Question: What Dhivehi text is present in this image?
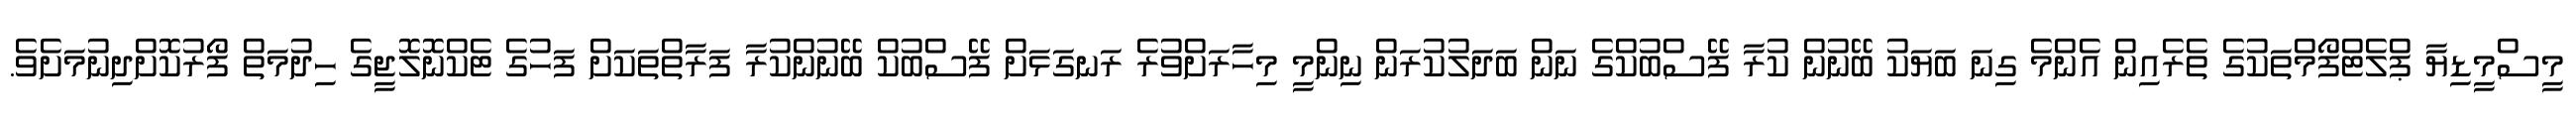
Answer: މީސްމީޑިޔާ ޕްލެޓްފޯމްތަކުގެ ތެރެއިން އެންމެ ގިނަ ބަޔަކު ބޭނުން ކުރާ ފޭސްބުކްގެ ނަން ބަދަލުކުރަން ނިންމީ މިހާރަށްވުރެ ރަނގަޅަށް ފޭސްބުކް ބޭނުންކުރާ ފަރާތްތަކަށް ފަހުގެ ޓެކްނޮލޮޖީގެ ހިދުމަތް ފޯރުކޮށްދިނުމަށެވެ.